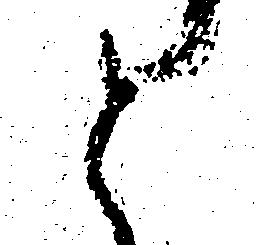
と